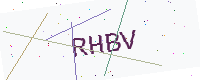
Text: RHBV